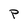
Character: P